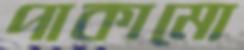
পাকামো